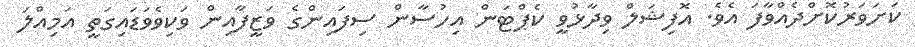
ކަށަވަރުކޮށްދެއްވާފަ އެވެ. އޮފިޝަލް ވިދާޅުވީ ކެޕްޓަން އިހުސާން ސިފައިންގެ ވަޒީފާއިން ވަކިވެވަޑައިގަތީ އަމިއްލަ